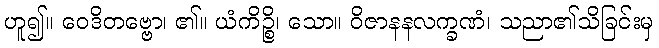
ဟူ၍။ ဝေဒိတဗ္ဗော၊ ၏။ ယံကိဉ္စိ၊ သော။ ဝိဇာနနလက္ခဏံ၊ သညာ၏သိခြင်းမှ